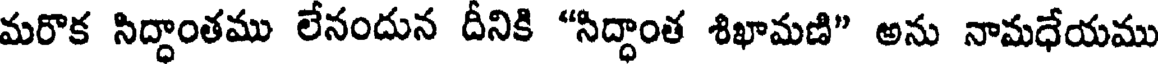
మరొక సిద్ధాంతము లేనందున దీనికి "సిద్ధాంత శిఖామణి" అను నామధేయము